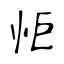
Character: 怇